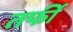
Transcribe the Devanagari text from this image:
तर्फी